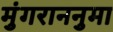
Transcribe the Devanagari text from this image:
मुंगराननुमा